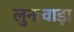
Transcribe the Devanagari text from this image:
लुनावाड़ा